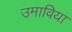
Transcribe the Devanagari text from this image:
उमाविया